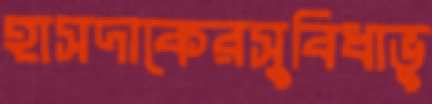
হাসদাকেরসুবিধাভু